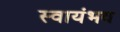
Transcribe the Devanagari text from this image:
स्वायंभव